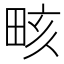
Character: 畡